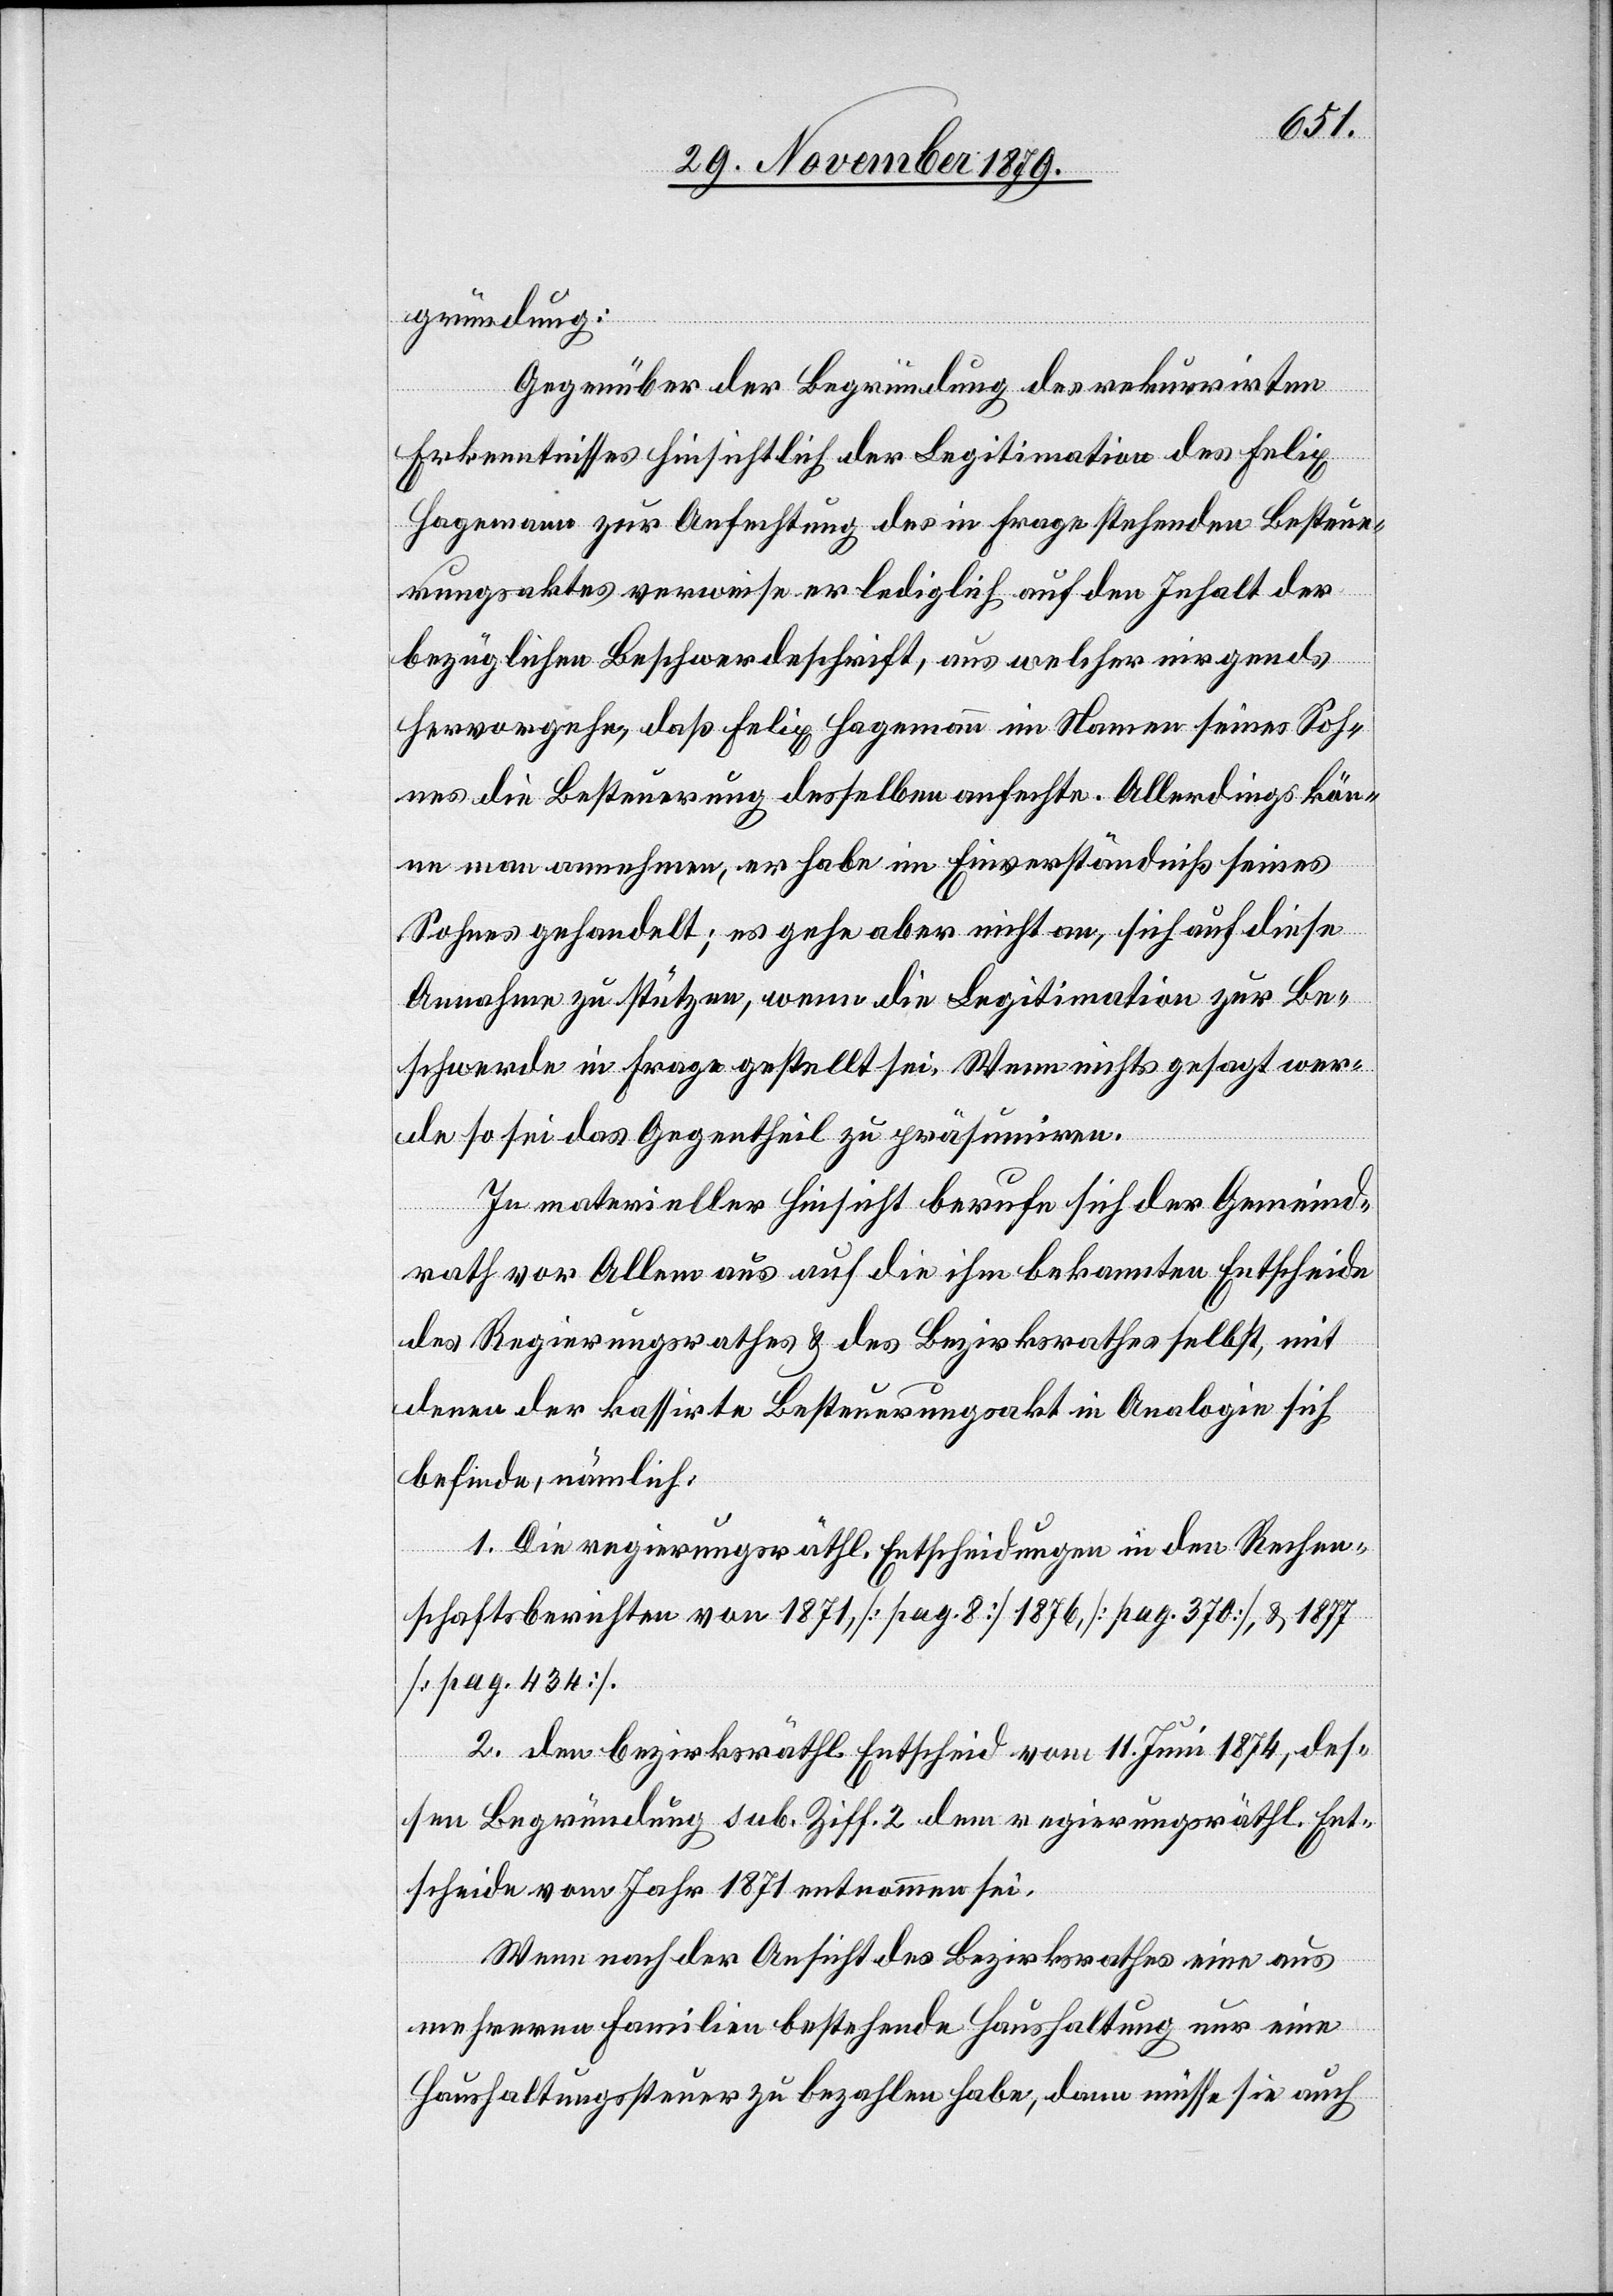
gründung:
Gegenüber der Begründung des rekurrirten
Erkenntnisses hinsichtlich der Legitimation des Felix
Hagemann zur Anfechtung des in Frage stehenden Besteue¬
rungsaktes verweise er lediglich auf den Inhalt der
bezüglichen Beschwerdeschrift, aus welcher nirgends
hervorgehe, daß Felix Hagemann in Namen seines Soh¬
nes die Besteuerung desselben anfechte. Allerdings kön¬
ne man annehmen, er habe im Einverständniß seines
Sohnes gehandelt; es gehe aber nicht an, sich auf diese
Annahme zu stützten, wenn die Legitimation zur Be¬
schwerde in Frage gestellt sei. Wenn nichts gesagt wer¬
de so sei das Gegentheil zu präsumiren.
In materieller Hinsicht berufe sich der Gemeind¬
rath vor Allem aus auf die ihm bekannten Entscheide
des Regierungsrathes & des Bezirksrathes selbst, mit
denen der kassirte Besteuerungsakt in Analogie sich
befinde, nämlich:
1. Die regierungsräthl. Entscheidungen in den Rechen¬
schaftsberichten von 1871, [pag. 8[1876[pag. 379]], & 1877
[pag. 434].
2. Den bezirksräthl. Entscheid vom 11. Juni 1874, des¬
sen Begründung sub. Ziff. 2 dem regierungsräthl. Ent¬
scheide vom Jahr 1871 entnommen sei.
Wenn nach der Ansicht des Bezirksrathes eine aus
mehreren Familien bestehende Haushaltung nur eine
Haushaltungssteuer zu bezahlen habe, dann müsse sie auch